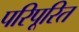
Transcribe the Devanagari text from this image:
परिपूरित